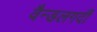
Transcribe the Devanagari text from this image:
वैन्डलगर्दी